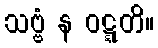
သဗ္ဗံ န ဝဋ္ဋတိ။